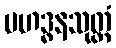
မဟဒ္ဓနသုတ္တံ